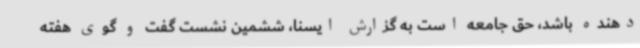
دهنده باشد، حق جامعه است به گزارش ایسنا، ششمین نشست گفت و گوی هفته